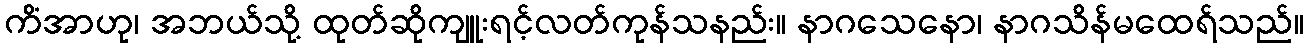
ကိံအာဟု၊ အဘယ်သို့ ထုတ်ဆိုကျူးရင့်လတ်ကုန်သနည်း။ နာဂသေနော၊ နာဂသိန်မထေရ်သည်။